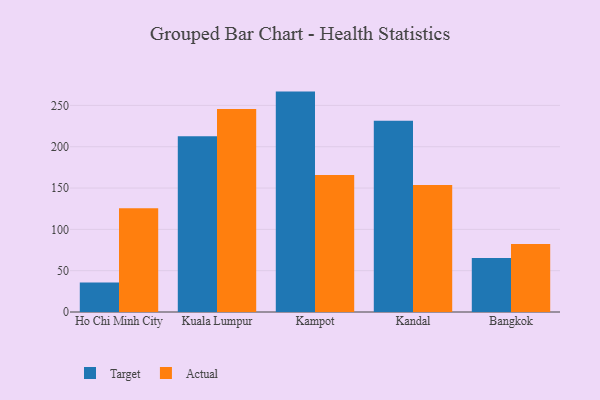
{"axis": {"x": "City", "y": "Conversion Rate (%)"}, "legend": ["Actual", "Target"], "data": [{"x": "Ho Chi Minh City", "y": 35.6, "type": "Target"}, {"x": "Ho Chi Minh City", "y": 125.6, "type": "Actual"}, {"x": "Kuala Lumpur", "y": 212.8, "type": "Target"}, {"x": "Kuala Lumpur", "y": 245.7, "type": "Actual"}, {"x": "Kampot", "y": 266.7, "type": "Target"}, {"x": "Kampot", "y": 165.7, "type": "Actual"}, {"x": "Kandal", "y": 231.4, "type": "Target"}, {"x": "Kandal", "y": 153.8, "type": "Actual"}, {"x": "Bangkok", "y": 65.4, "type": "Target"}, {"x": "Bangkok", "y": 82.2, "type": "Actual"}]}